Annual report of the Bengal Veterinary College and of the Civil Veterinary Department, Bengal, for the year 1909-1910 - 1909-1910
Year: 1909
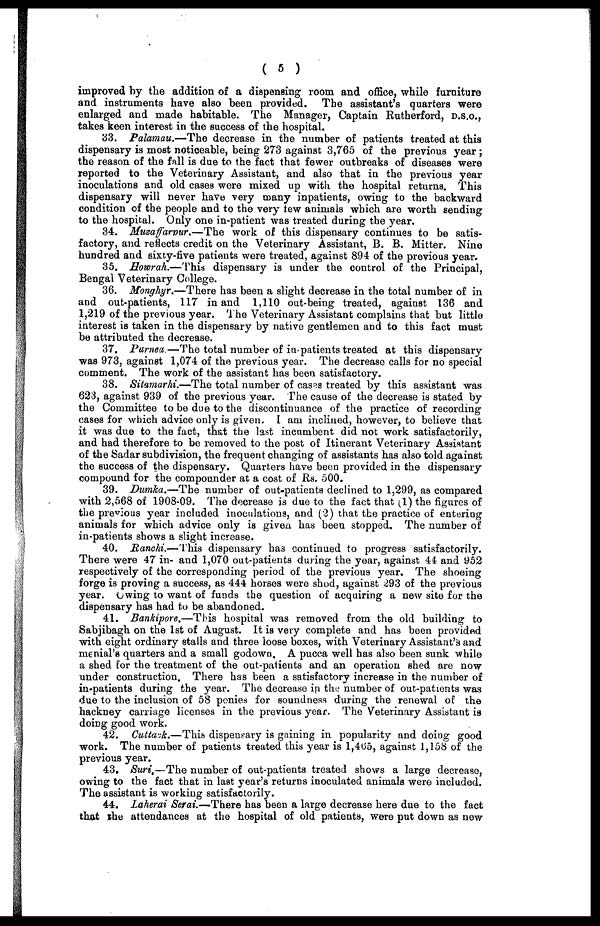
( 5 )
improved by the addition of a dispensing room and office, while furniture
and instruments have also been provided. The assistant's quarters were
enlarged and made habitable. The Manager, Captain Rutherford, D.S.O.,
takes keen interest in the success of the hospital.
33. Palamau.—The decrease in the number of patients treated at this
dispensary is most noticeable, being 273 against 3,765 of the previous year;
the reason of the fall is due to the fact that fewer outbreaks of diseases were
reported to the Veterinary Assistant, and also that in the previous year
inoculations and old cases were mixed up with the hospital returns. This
dispensary will never have very many inpatients, owing to the backward
condition of the people and to the very few animals which are worth sending
to the hospital. Only one in-patient was treated during the year.
34. Muzaffarpur.—The work of this dispensary continues to be satis-
factory, and reflects credit on the Veterinary Assistant, B. B. Mitter. Nine
hundred and sixty-five patients were treated, against 894 of the previous year.
35. Howrah.—This dispensary is under the control of the Principal,
Bengal Veterinary College.
36. Monghyr.—There has been a slight decrease in the total number of in
and out-patients, 117 in and 1,110 out-being treated, against 136 and
1,219 of the previous year. The Veterinary Assistant complains that but little
interest is taken in the dispensary by native gentlemen and to this fact must
be attributed the decrease.
37. Purnea.—The total number of in-patients treated at this dispensary
was 973, against 1,074 of the previous year. The decrease calls for no special
comment. The work of the assistant has been satisfactory.
38. Sitamarhi.—The total number of cases treated by this assistant was
623, against 939 of the previous year. The cause of the decrease is stated by
the Committee to be due to the discontinuance of the practice of recording
cases for which advice only is given. I am inclined, however, to believe that
it was due to the fact, that the last incumbent did not work satisfactorily,
and had therefore to be removed to the post of Itinerant Veterinary Assistant
of the Sadar subdivision, the frequent changing of assistants has also told against
the success of the dispensary. Quarters have been provided in the dispensary
compound for the compounder at a cost of Rs. 500.
39. Dumka.—The number of out-patients declined to 1,299, as compared
with 2,568 of 1908-09. The decrease is due to the fact that (1) the figures of
the previous year included inoculations, and (2) that the practice of entering
animals for which advice only is given has been stopped. The number of
in-patients shows a slight increase.
40. Ranchi.—This dispensary has continued to progress satisfactorily.
There were 47 in- and 1,070 out-patients during the year, against 44 and 952
respectively of the corresponding period of the previous year. The shoeing
forge is proving a success, as 444 horses were shod, against 293 of the previous
year. Owing to want of funds the question of acquiring a new site for the
dispensary has had to be abandoned.
41. Bankipore.—This hospital was removed from the old building to
Sabjibagh on the 1st of August. It is very complete and has been provided
with eight ordinary stalls and three loose boxes, with Veterinary Assistant's and
menial's quarters and a small godown, A pucca well has also been sunk while
a shed for the treatment of the out-patients and an operation shed are now
under construction. There has been a satisfactory increase in the number of
in-patients during the year. The decrease in the number of out-patients was
due to the inclusion of 58 ponies for soundness during the renewal of the
hackney carriage licenses in the previous year. The Veterinary Assistant is
doing good work.
42. Cuttack.—This dispensary is gaining in popularity and doing good
work. The number of patients treated this year is 1,465, against 1,158 of the
previous year.
43. Suri.—The number of out-patients treated shows a large decrease,
owing to the fact that in last year's returns inoculated animals were included.
The assistant is working satisfactorily.
44. Laherai Serai.—There has been a large decrease here due to the fact
that the attendances at the hospital of old patients, were put down as new